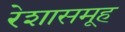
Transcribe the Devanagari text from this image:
रेशासमूह